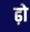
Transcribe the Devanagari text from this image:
ढ़ो